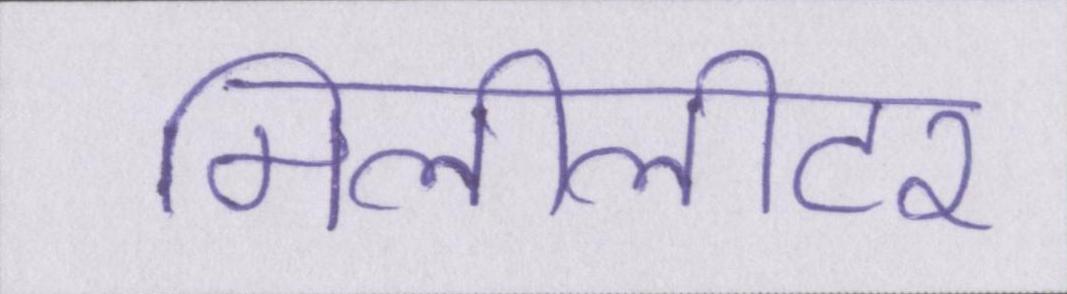
मिलीलीटर